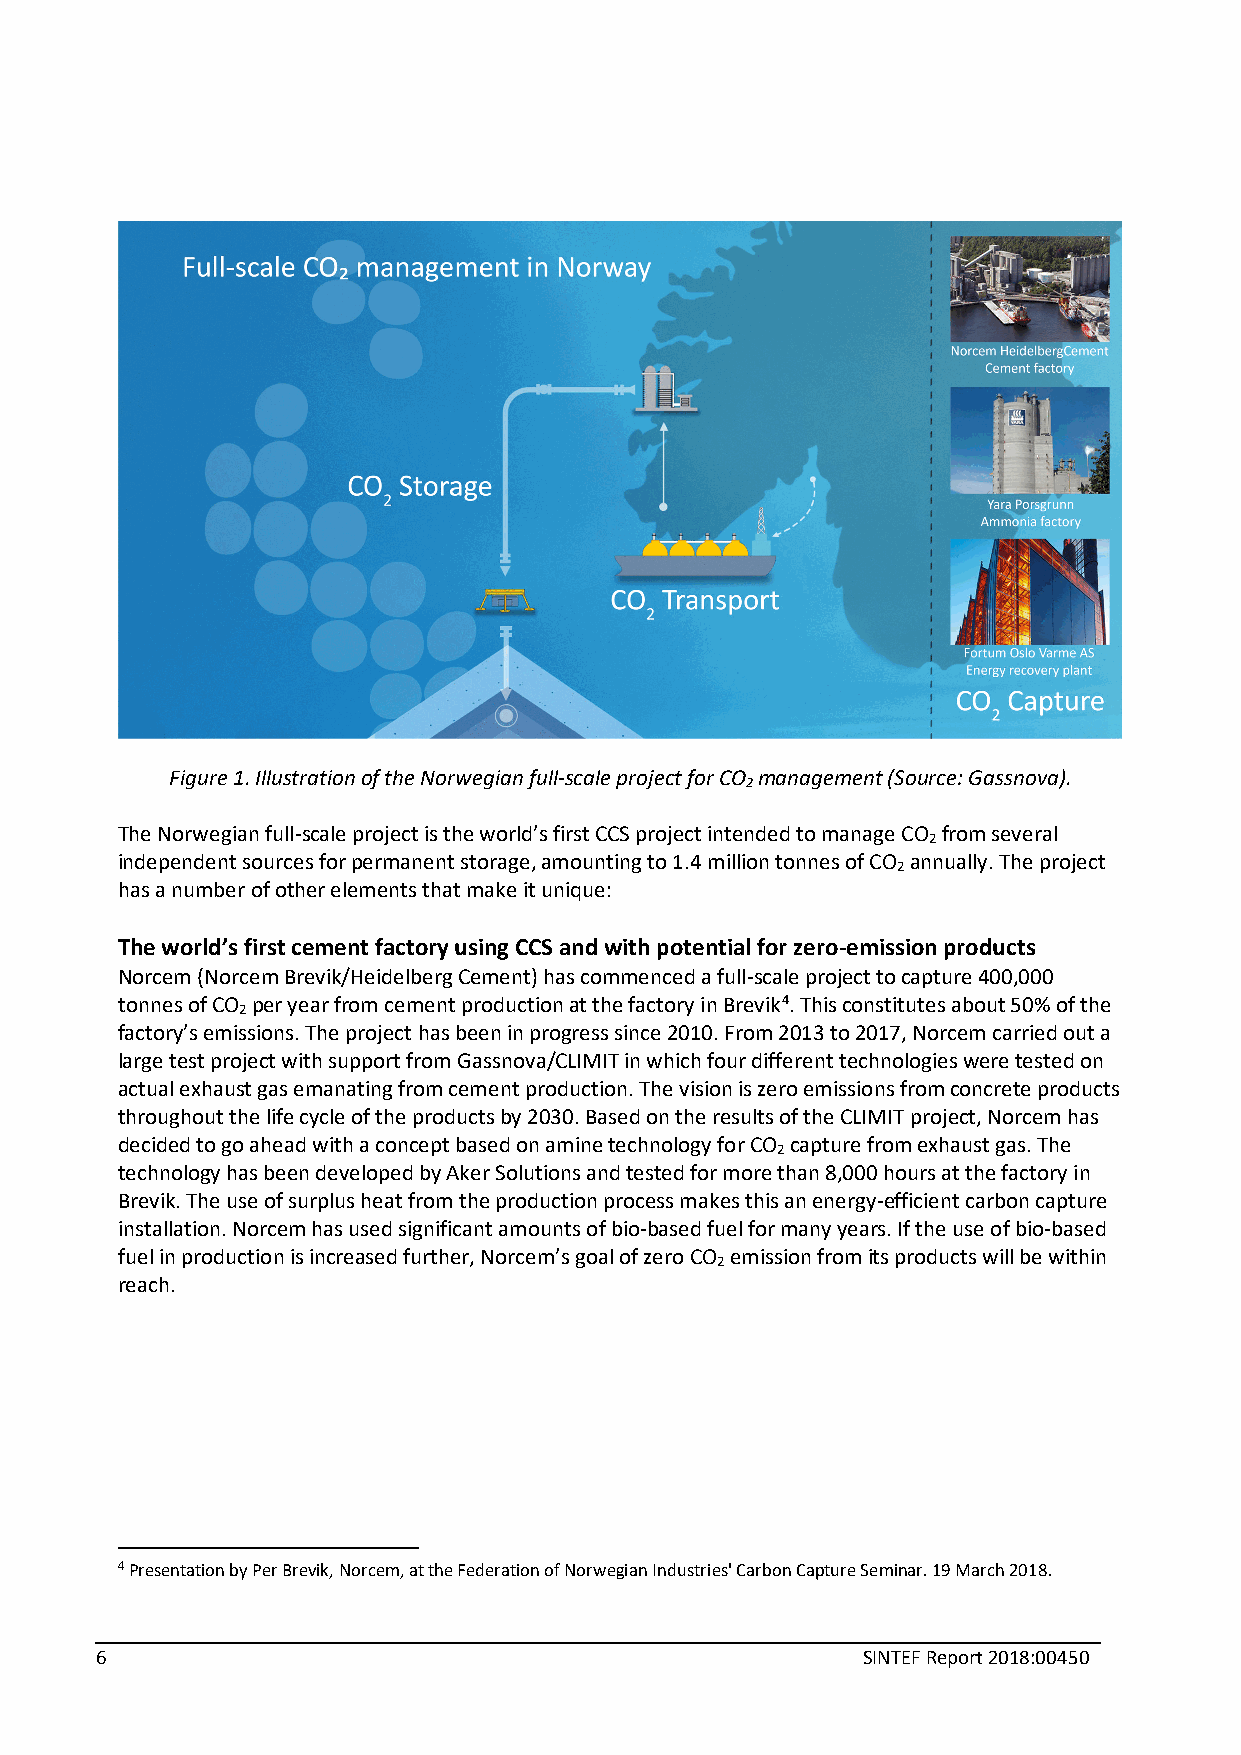
Figure 1. Illustration of the Norwegian full-scale project for CO management (Source: Gassnova).
 2
 The Norwegian full-scale project is the world’s first CCS project intended to manage CO from several
 2
 independent sources for permanent storage, amounting to 1.4 million tonnes of CO annually. The project
 2
 has a number of other elements that make it unique:
 The world’s first cement factory using CCS and with potential for zero-emission products
 Norcem (Norcem Brevik/Heidelberg Cement) has commenced a full-scale project to capture 400,000
 tonnes of CO per year from cement production at the factory in Brevik4. This constitutes about 50% of the
 2
 factory’s emissions. The project has been in progress since 2010. From 2013 to 2017, Norcem carried out a
 large test project with support from Gassnova/CLIMIT in which four different technologies were tested on
 actual exhaust gas emanating from cement production. The vision is zero emissions from concrete products
 throughout the life cycle of the products by 2030. Based on the results of the CLIMIT project, Norcem has
 decided to go ahead with a concept based on amine technology for CO capture from exhaust gas. The
 2
 technology has been developed by Aker Solutions and tested for more than 8,000 hours at the factory in
 Brevik. The use of surplus heat from the production process makes this an energy-efficient carbon capture
 installation. Norcem has used significant amounts of bio-based fuel for many years. If the use of bio-based
 fuel in production is increased further, Norcem’s goal of zero CO emission from its products will be within
 2
 reach.
 4 Presentation by Per Brevik, Norcem, at the Federation of Norwegian Industries' Carbon Capture Seminar. 19 March 2018.
 6                                                  SINTEF Report 2018:00450